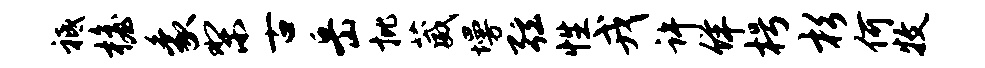
祗檐象梨古岳批葳墁弦性戎许佯枵杉何牧